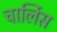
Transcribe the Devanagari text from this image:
चार्लिस